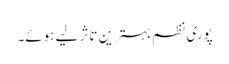
پوری نظم بہترین تاثر لیے ہوئے۔